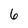
Character: 6